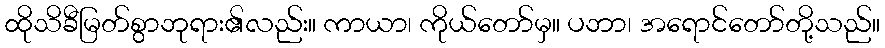
ထိုသိခီမြတ်စွာဘုရား၏လည်း။ ကာယာ၊ ကိုယ်တော်မှ။ ပဘာ၊ အရောင်တော်တို့သည်။